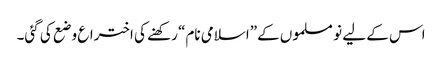
اس کے لیے نو مسلموں کے”اسلامی نام“ رکھنے کی اختراع وضع کی گئی۔